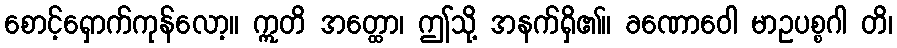
စောင့်ရှောက်ကုန်လော့။ ဣတိ အတ္ထော၊ ဤသို့ အနက်ရှိ၏။ ခဏောဝေါ မာဥပစ္စဂါ တိ၊